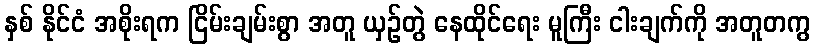
နှစ် နိုင်ငံ အစိုးရက ငြိမ်းချမ်းစွာ အတူ ယှဉ်တွဲ နေထိုင်ရေး မူကြီး ငါးချက်ကို အတူတကွ